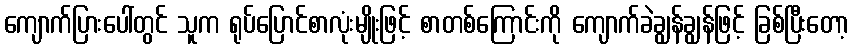
ကျောက်ပြားပေါ်တွင် သူက ရုပ်ပြောင်စာလုံးမျိုးဖြင့် စာတစ်ကြောင်းကို ကျောက်ခဲချွန်ချွန်ဖြင့် ခြစ်ပြီးတော့